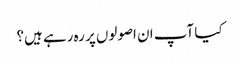
کیا آپ ان اصولوں پر رہ رہے ہیں؟